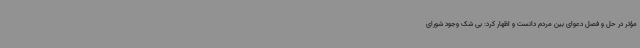
مؤثر در حل و فصل دعوای بین مردم دانست و اظهار کرد: بی شک وجود شورای